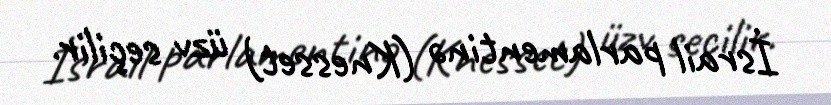
İsrail parlamentinə (Knesset) üzv seçilir.